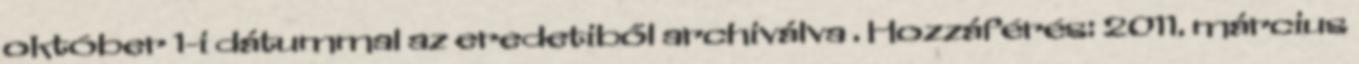
október 1-i dátummal az eredetiből archiválva . Hozzáférés: 2011. március